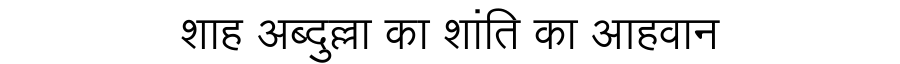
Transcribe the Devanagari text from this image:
शाह अब्दुल्ला का शांति का आहवान